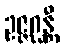
ဥဇ္ဇဂ္ဃန္တီ